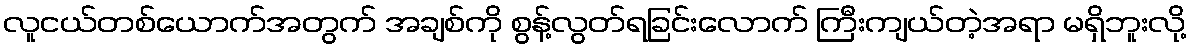
လူငယ်တစ်ယောက်အတွက် အချစ်ကို စွန့်လွတ်ရခြင်းလောက် ကြီးကျယ်တဲ့အရာ မရှိဘူးလို့